Source: Handwritten
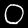
Digit: ၀ (0)